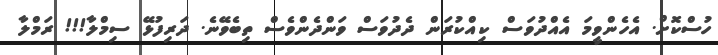
ހުސްކޮށް. އެހެންވީމަ އެއްދުވަސް ކިއްކުރަން ދެދުވަސް ވަންދެންވެސް ތިބެވޭނެ. ދަރިފުޅޭ ސިމްލާ!!! ރަމްލާ